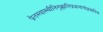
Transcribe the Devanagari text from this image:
प्रेतस्यास्थीनिगृह्णातिप्रधानांगोद्भवानिच